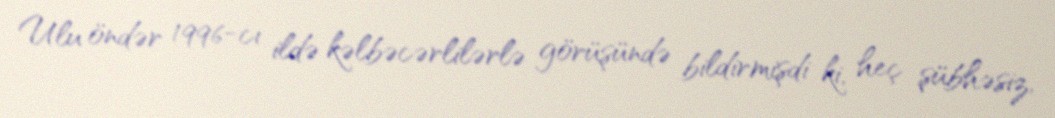
Ulu öndər 1996-cı ildə kəlbəcərlilərlə görüşündə bildirmişdi ki, heç şübhəsiz,